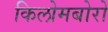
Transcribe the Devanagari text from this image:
किलोमबोरो